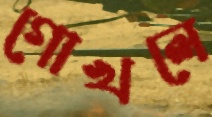
গোখলে